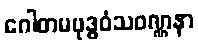
ဂေါတမဗုဒ္ဓဝံသဝဏ္ဏနာ